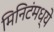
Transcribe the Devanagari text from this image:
मिनिटंमध्ये